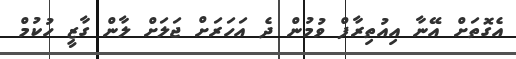
އެގޮތަށް އޭނާ އިއުތިރާފް ވުމުން ދެ އަހަރަށް ޖަލަށް ލާން ގާޒީ ހުކުމް